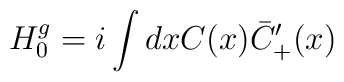
H_{0}^{g}=i\int dx C(x)\bar C_{+}^{\prime}(x)